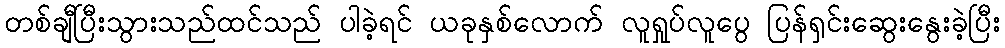
တစ်ချီပြီးသွားသည်ထင်သည် ပါခဲ့ရင် ယခုနှစ်လောက် လူရှုပ်လူပွေ ပြန်ရှင်းဆွေးနွေးခဲ့ပြီး